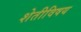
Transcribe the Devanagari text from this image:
शेतीविषय